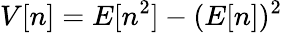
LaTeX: V[n]=E[n^{2}]-(E[n])^{2}